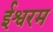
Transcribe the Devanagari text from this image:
ईश्वरम